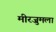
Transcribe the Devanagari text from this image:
मीरजुमला